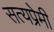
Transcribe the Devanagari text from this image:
सत्यप्रेमी